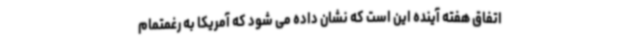
اتفاق هفته آینده این است که نشان داده می شود که آمریکا به رغمتمام